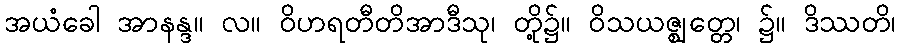
အယံခေါ အာနန္ဒ။ လ။ ဝိဟရတီတိအာဒီသု၊ တို့၌။ ဝိသယဇ္ဈတ္တေ၊ ၌။ ဒိဿတိ၊